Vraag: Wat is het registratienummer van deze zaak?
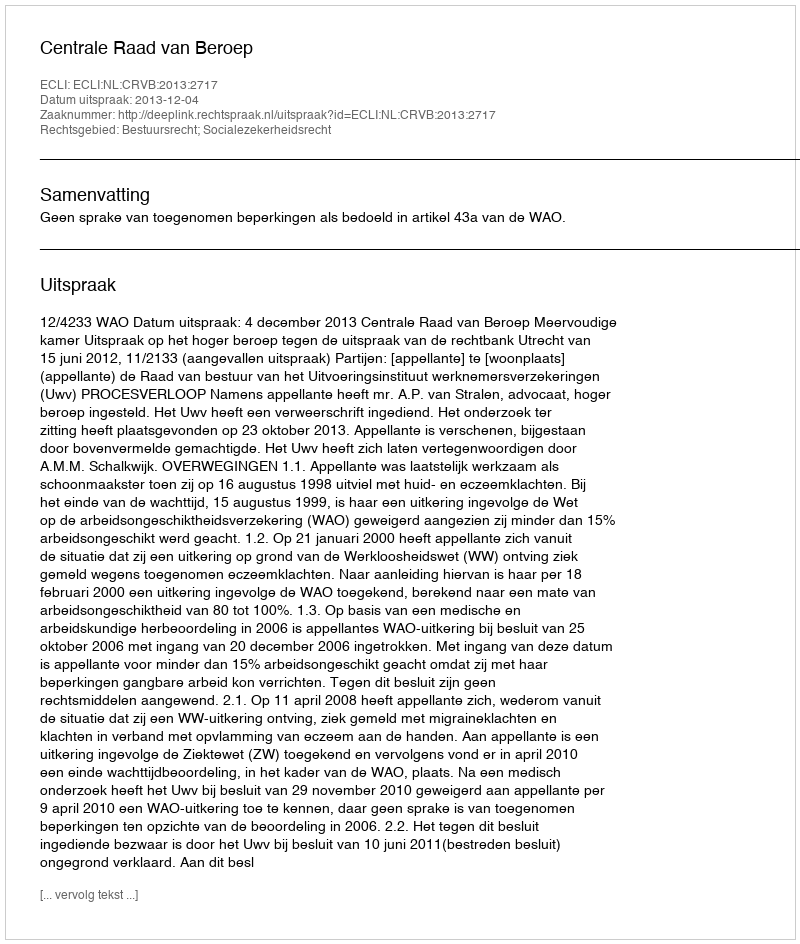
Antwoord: http://deeplink.rechtspraak.nl/uitspraak?id=ECLI:NL:CRVB:2013:2717